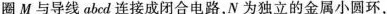
圈 M 与导线abcd连接成闭合电路，N 为独立的金属小圆环，